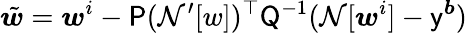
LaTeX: \tilde{\boldsymbol{w}}=\boldsymbol{w}^{i}-\mathsf{P}(\mathcal{N^{\prime}}[w])^{\top}\mathsf{Q}^{-1}(\mathcal{N}[\boldsymbol{w}^{i}]-\mathsf{y}^{\boldsymbol{b}})